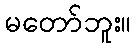
မတော်ဘူး။